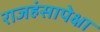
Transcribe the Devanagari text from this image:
राजहंसापेक्षा